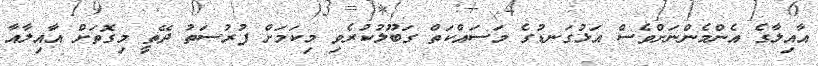
އާއިލާގެ އެންމެންނަށްވެސް އަޅުގަނޑުގެ މަސައްކަތް ގަބޫލުކުރެވި މިކަމަށް ފުރުސަތު ދޭތީ މިގޮތަށް އާއިލާއާ